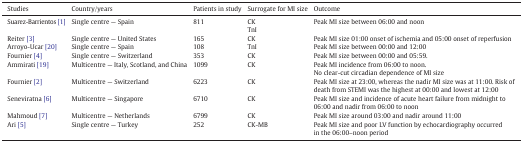
<table><thead><tr><td><b>Studies</b></td><td><b>Country/years</b></td><td><b>Patients in study</b></td><td><b>Surrogate for MI size</b></td><td><b>Outcome</b></td></tr></thead><tbody><tr><td>Suarez-Barrientos [1]</td><td>Single centre — Spain</td><td>811</td><td>CKTnI</td><td>Peak MI size between 06:00 and noon</td></tr><tr><td>Reiter [3]</td><td>Single centre — United States</td><td>165</td><td>CK</td><td>Peak MI size 01:00 onset of ischemia and 05:00 onset of reperfusion</td></tr><tr><td>Arroyo-Ucar [20]</td><td>Single centre — Spain</td><td>108</td><td>TnI</td><td>Peak MI size between 00:00 and 12:00</td></tr><tr><td>Fournier [4]</td><td>Single centre — Switzerland</td><td>353</td><td>CK</td><td>Peak MI size between 00:00 and 05:59.</td></tr><tr><td>Ammirati [19]</td><td>Multicentre — Italy, Scotland, and China</td><td>1099</td><td>CK</td><td>Peak MI incidence from 06:00 to noon.No clear-cut circadian dependence of MI size</td></tr><tr><td>Fournier [2]</td><td>Multicentre — Switzerland</td><td>6223</td><td>CK</td><td>Peak MI size at 23:00, whereas the nadir MI size was at 11:00. Risk of death from STEMI was the highest at 00:00 and lowest at 12:00</td></tr><tr><td>Seneviratna [6]</td><td>Multicentre — Singapore</td><td>6710</td><td>CK</td><td>Peak MI size and incidence of acute heart failure from midnight to 06:00 and nadir from 06:00 to noon</td></tr><tr><td>Mahmoud [7]</td><td>Multicentre — Netherlands</td><td>6799</td><td>CK</td><td>Peak MI size around 03:00 and nadir around 11:00</td></tr><tr><td>Ari [5]</td><td>Single centre — Turkey</td><td>252</td><td>CK-MB</td><td>Peak MI size and poor LV function by echocardiography occurred in the 06:00–noon period</td></tr></tbody></table>